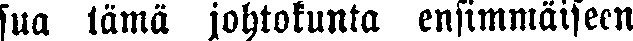
sua tämä johtokunta ensimmäiseen